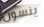
ينسون